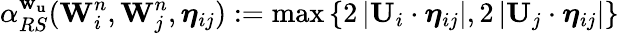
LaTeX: \alpha_{RS}^{\mathbf{w}_{\mathbf{u}}}(\mathbf{W}_{i}^{n},\mathbf{W}_{j}^{n},\boldsymbol{\eta}_{ij}):=\operatorname*{max}\left\lbrace 2\left|\mathbf{U}_{i}\cdot{\boldsymbol{\eta}_{ij}}\right|,2\left|\mathbf{U}_{j}\cdot{\boldsymbol{\eta}_{ij}}\right|\right\rbrace